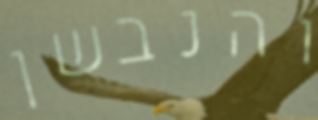
והנבשן